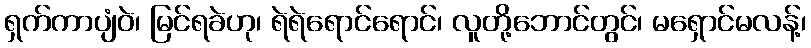
ရှက်ကာပျံဝဲ၊ မြင်ရခဲဟု၊ ရဲရဲရောင်ရောင်၊ လူတို့ဘောင်တွင်၊ မရှောင်မလန့်၊